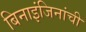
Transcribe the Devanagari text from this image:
बिनाइंजिनांची